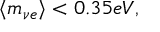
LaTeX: \langle m _ { \nu e } \rangle < 0 . 3 5 e V ,